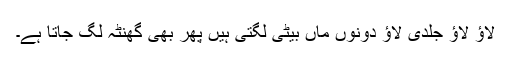
لاؤ لاؤ جلدی لاؤ دونوں ماں بیٹی لگتی ہیں پھر بھی گھنٹہ لگ جاتا ہے۔